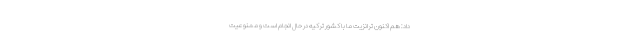
داد: هم اکنون ترانزیت ما با کشور ترکیه در حال انجام است و ممنوعیت